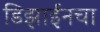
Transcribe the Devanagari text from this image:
डिझाईनचा